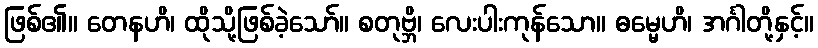
ဖြစ်၏။ တေနဟိ၊ ထိုသို့ဖြစ်ခဲ့သော်။ စတုဗ္ဘိ၊ လေးပါးကုန်သော။ ဓမ္မေဟိ၊ အင်္ဂါတို့နှင့်။